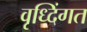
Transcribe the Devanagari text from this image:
वृध्दिंगत